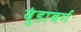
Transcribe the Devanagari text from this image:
बुंडाबर्ग